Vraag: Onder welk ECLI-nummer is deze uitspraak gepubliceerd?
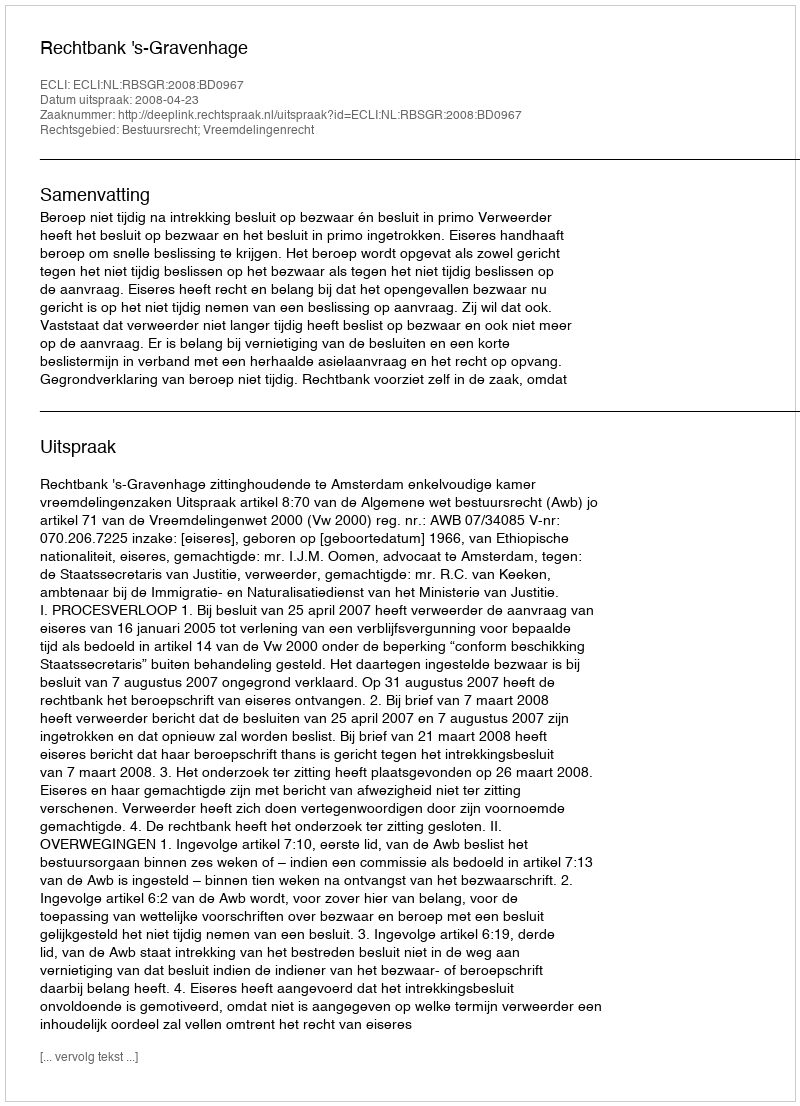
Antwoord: ECLI:NL:RBSGR:2008:BD0967